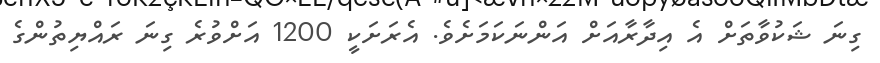
ގިނަ ޝަކުވާތަށް އެ އިދާރާއަށް އަންނަކަމަށެވެ. އެރަށަކީ 1200 އަށްވުރެ ގިނަ ރައްޔިތުންގެ